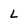
Character: l